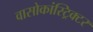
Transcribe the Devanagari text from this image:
वासोकांस्ट्रिक्टर